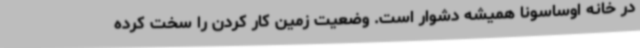
در خانه اوساسونا همیشه دشوار است. وضعیت زمین کار کردن را سخت کرده